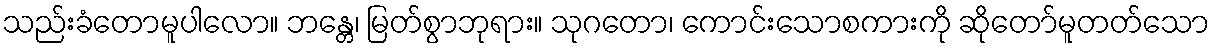
သည်းခံတောမူပါလော။ ဘန္တေ၊ မြတ်စွာဘုရား။ သုဂတော၊ ကောင်းသောစကားကို ဆိုတော်မူတတ်သော